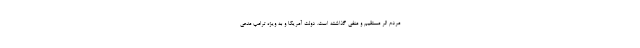
مردم اثر مستقیم و منفی گذاشته است. دولت آمریکا و به ویژه ترامپ مدعی